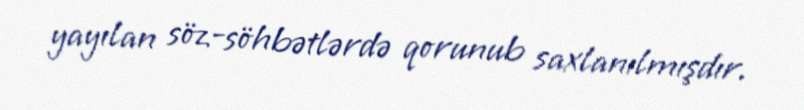
yayılan söz-söhbətlərdə qorunub saxlanılmışdır.